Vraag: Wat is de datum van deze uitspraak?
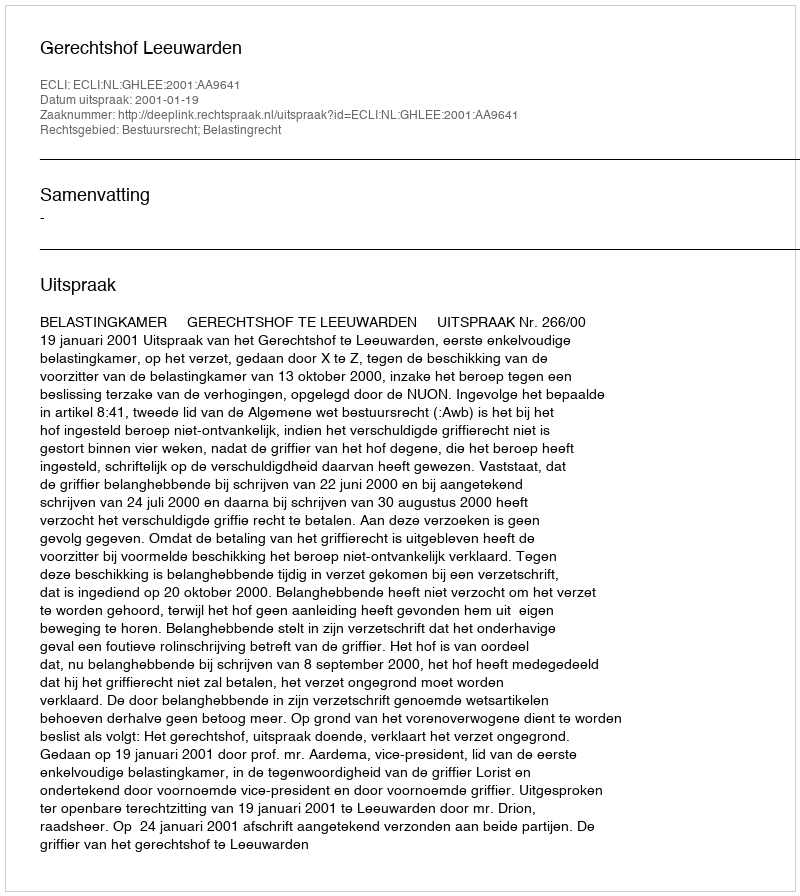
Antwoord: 2001-01-19